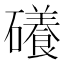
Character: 礢